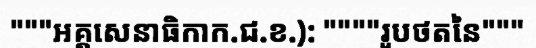
"""អគ្គសេនាធិកាក.ជ.ខ.): """"រូបថតនៃ"""